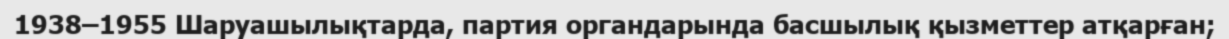
1938–1955 Шаруашылықтарда, партия органдарында басшылық қызметтер атқарған;